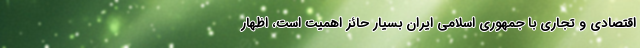
اقتصادی و تجاری با جمهوری اسلامی ایران بسیار حائز اهمیت است، اظهار